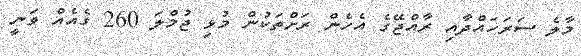
މާލެ ސަރަހައްދާއި ރާއްޖޭގެ އެހެން ރަށްތަކުން މުޅި ޖުމްލަ 260 ގެއެއް ވަނީ